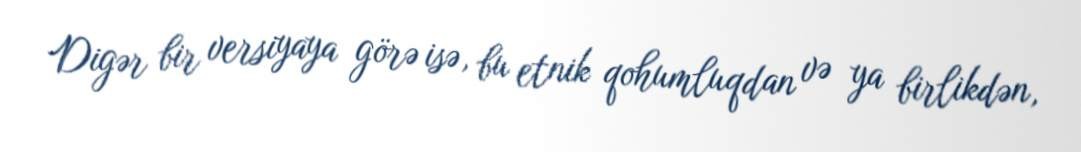
Digər bir versiyaya görə isə, bu etnik qohumluqdan və ya birlikdən,